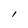
Character: l